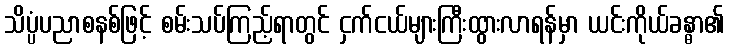
သိပ္ပံပညာစနစ်ဖြင့် စမ်းသပ်ကြည့်ရာတွင် ငှက်ငယ်များကြီးထွားလာရန်မှာ ယင်းကိုယ်ခန္ဓာ၏